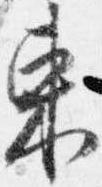
東